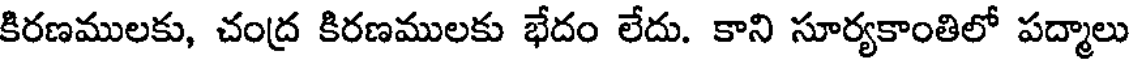
కిరణములకు, చంద్ర కిరణములకు భేదం లేదు. కాని సూర్యకాంతిలో పద్మాలు